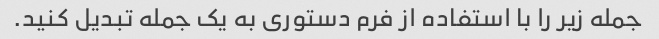
جمله زیر را با استفاده از فرم دستوری به یک جمله تبدیل کنید.